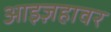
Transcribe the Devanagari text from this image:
आइज़हावर